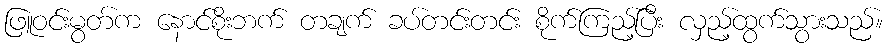
ဖြူဝင်းမွတ်က နောင်စိုးဘက် တချက် ခပ်တင်းတင်း စိုက်ကြည့်ပြီး လှည့်ထွက်သွားသည်။